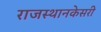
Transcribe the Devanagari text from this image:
राजस्थानकेसरी